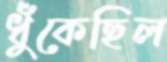
ধুঁকেছিল